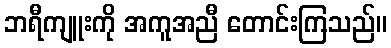
ဘရီကျူးကို အကူအညီ တောင်းကြသည်။